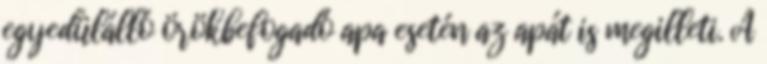
egyedülálló örökbefogadó apa esetén az apát is megilleti. A